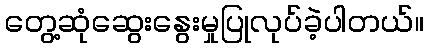
တွေ့ဆုံဆွေးနွေးမှုပြုလုပ်ခဲ့ပါတယ်။